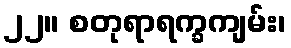
၂၂။ စတုရာရက္ခကျမ်း၊